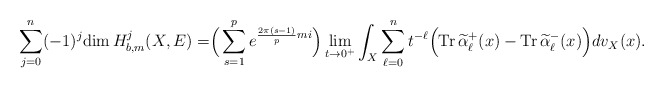
\begin{align*} \sum^n_{j=0}(-1)^j\mathrm{dim\,}H^j_{b,m}(X,E)=\Bigr(\sum\limits^{p}_{s=1}e^{\frac{2\pi(s-1)}{p}mi}\Bigr)\lim_{t\rightarrow0^+}\int_X\sum^n_{\ell=0}t^{-\ell}\Bigr(\mathrm{Tr\,}\widetilde\alpha^+_\ell(x)-\mathrm{Tr\,}\widetilde\alpha^-_\ell(x)\Bigr)dv_X(x).\end{align*}